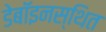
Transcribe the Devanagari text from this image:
डेबॉइनस्थित